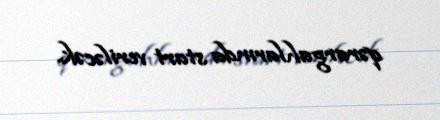
qərargahlarında start veriləcək.